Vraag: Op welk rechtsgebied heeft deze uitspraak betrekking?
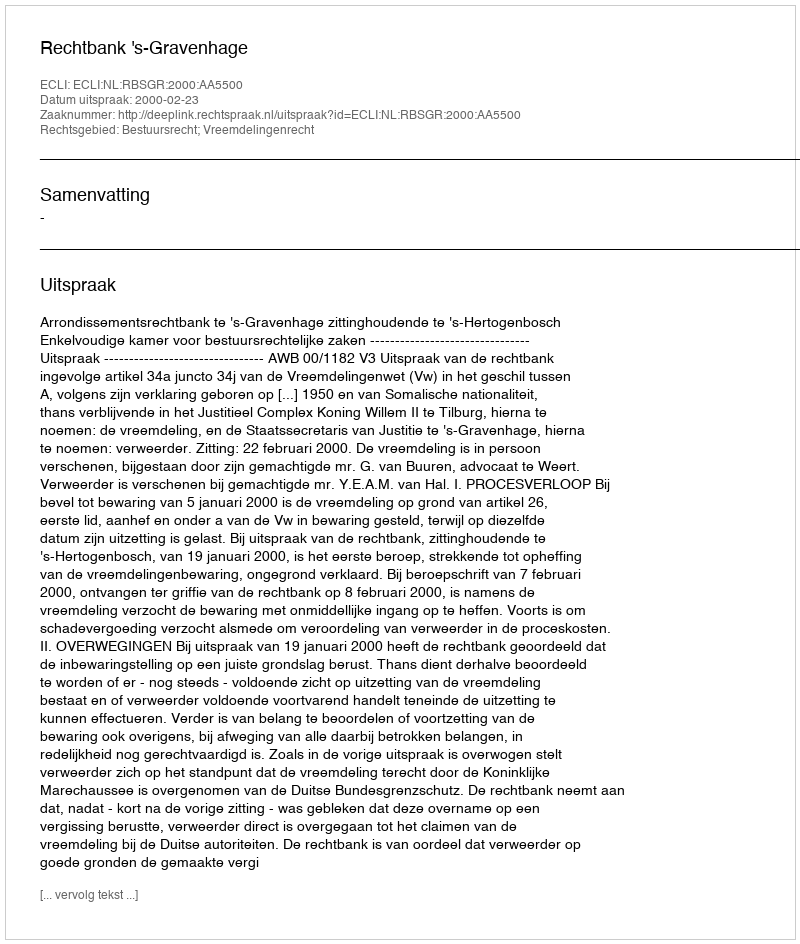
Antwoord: Bestuursrecht; Vreemdelingenrecht